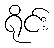
ရိုင်း